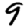
Digit: 9